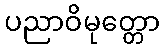
ပညာဝိမုတ္တော